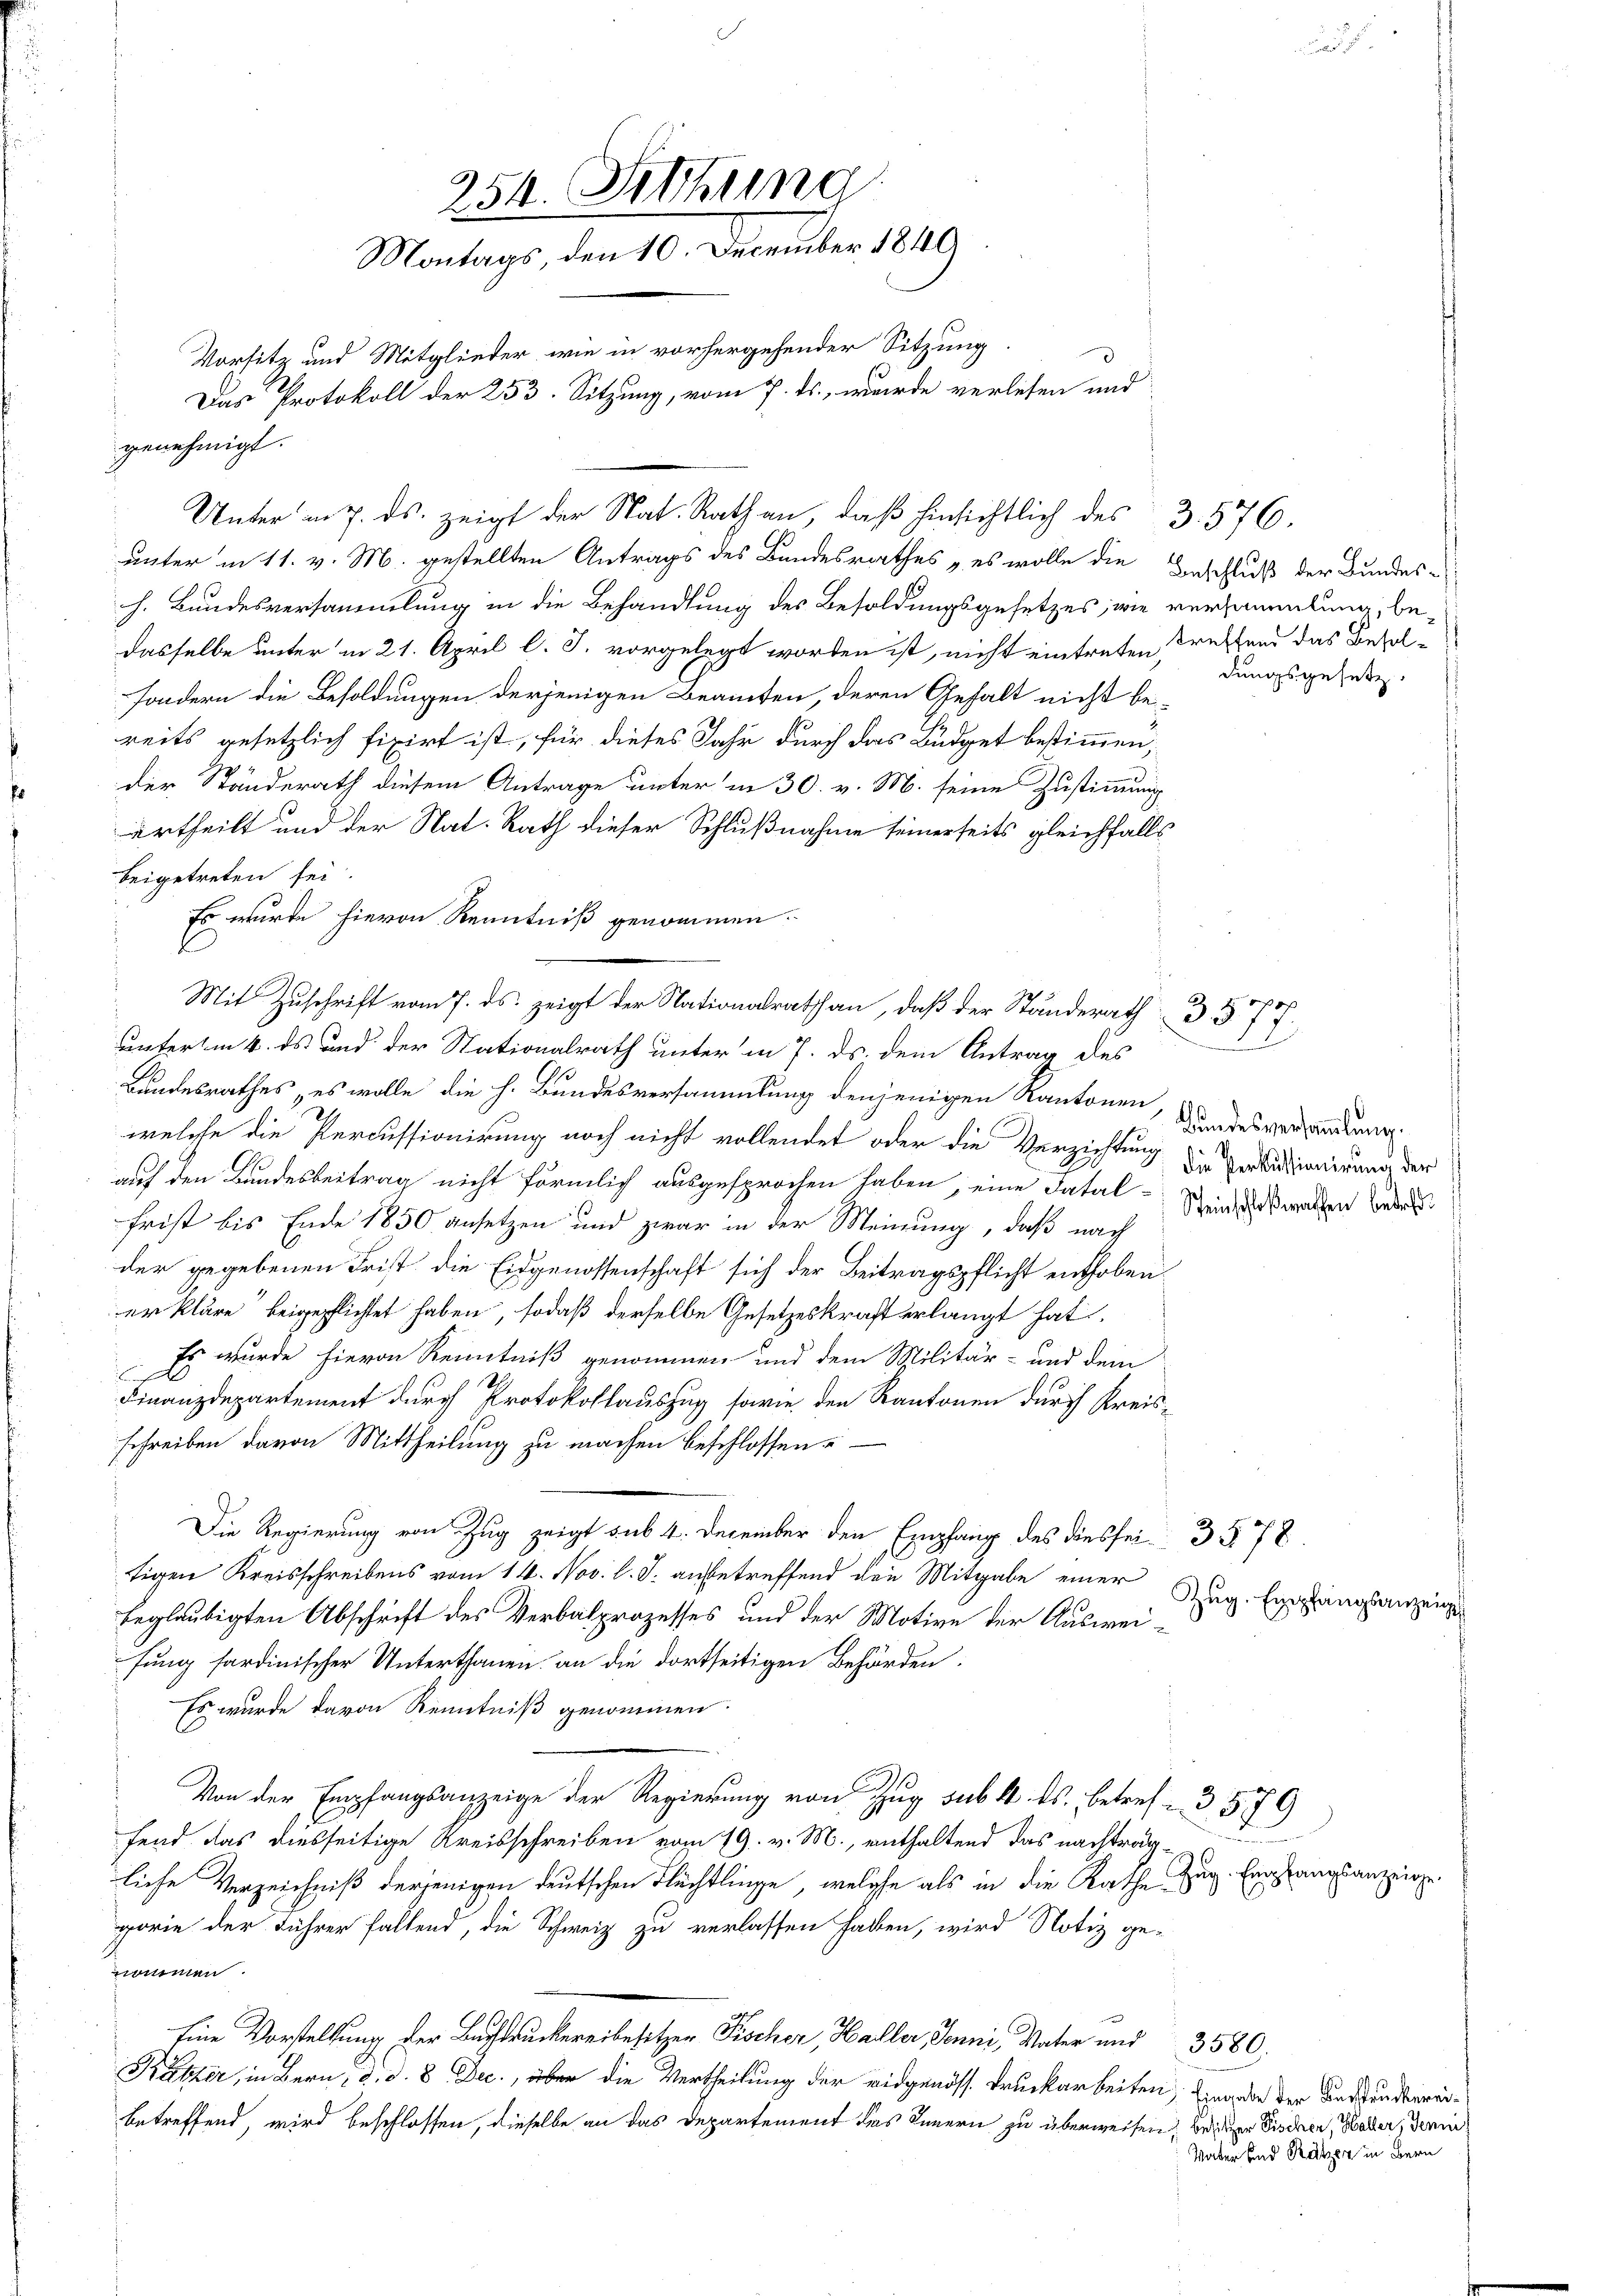
254. Sitzung
Montags, den 10. December 1840
Vorsitz und Mitglieder, wie in vorhergehender Sitzung
Das Protokoll der 253. Sitzung, vom 7. ds., wurde verlesen und

unter in 11. v. M. gestellten Antrags des Bundesrathes „es wolle die Beschluß der Bundes-
h. Bundesversammlung in die Behandlung des Besoldungsgesetzes, wie versammlung, bedasselbe unter in 21. April l. J. vorgelegt worden ist, nicht eintreten treffend das Besolsondern die Besoldungen derjenigen Beamten, deren Gehalt nicht bei-
reits gesetzlich fixirt ist, für dieses Jahr durch das Büdget bestimmen,
der Ständerath diesem Antrage unter in 30. v. M. seine Zustimmung
urtheilt und der Nat. Rath dieser Schlußnahme seinerseits gleichfalls
beigetreten sei.
Es wurde hievon Kenntniß genommen.
Bandesrathes, es wolle die h. Bundesversammlung denjenigen Kantonen
welche die Percussionirung noch nicht vollendet oder die Verzichtung des Vertitionirung der
auf den Bundesbeitrag nicht förmlich ausgesprochen haben, eine Datal-
frist bis Ende 1850 ansetzen und zwar in der Meinung, daß nach
der gegebenen Frist die Eidgenossenschaft sich der Beitragspflicht enthoben.
er kläre beigepflichtet haben, sodaß derselbe Gesetzeskraft erlangt hat.
Es wurde hievon Kenntniß genommen und dem Militär- und dem
Finanzdepartement durch Protokollauszug sowie den Kantonen durch Kreis-
schreiben davon Mittheilung zu machen beschlossen.
Die Regierung von Zug zeigt sub 4. December den Empfang des dies sei 3 § 78.
tigen Kreisschreibens vom 14. Nov. l. J. anbetreffend den Mitgabe einer
beglaubigten Abschrift des Verbalprozesses und der Motive der Ausweifung fardinischer Unterthanen an die dortseitigen Behörden:
Es wurde davon Kenntniß genommen.
Von der Empfangsanzeige der Regierung von Zug sub. 4. ds. betref- 3579
fend das diesseitige Kreisschreiben vom 19. v. M., enthaltend das nachträgliche Verzeichniß derjenigen deutschen Flüchtlinge, welche als in die Rathe
gorie der Führer fallend, die Schweiz zu verlassen haben, wird Notiz ge-
nommen.
Eine Vorstellung der Buchdruckereibesitzer Fischer, Haller, Jenni, Vater und 3580.
Käster, in Bern, d. d. 8 Dec., über die Vertheilung der eidgenöss. Bruckarbeiten, worden der Anstanderreibetreffend, wird beschlossen, dieselbe an das Departement des Innern zu überweisen, besizer Fischen, Hader, dami

genehmigt.

Unter am 7. ds. zeigt der Nat. Rath an, daß hinsichtlich des 3. 576.

Mit Zuschrift vom 7. ds. zeigt der Nationalrath an, daß der Ständerath 3. 577.
unterm 4. ds und der Stationalrath unter in 7. ds. dem Antrag des

dungsgesetz

12

Bundesversammlung.
Steinschloßrathen betreffe

Zug. Empfangsanzeige.

Zug. Empfangsanzeig

Vater und Ratzer in Bern